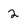
Character: 2